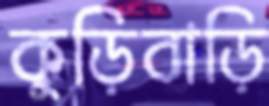
কুড়িবাড়ি